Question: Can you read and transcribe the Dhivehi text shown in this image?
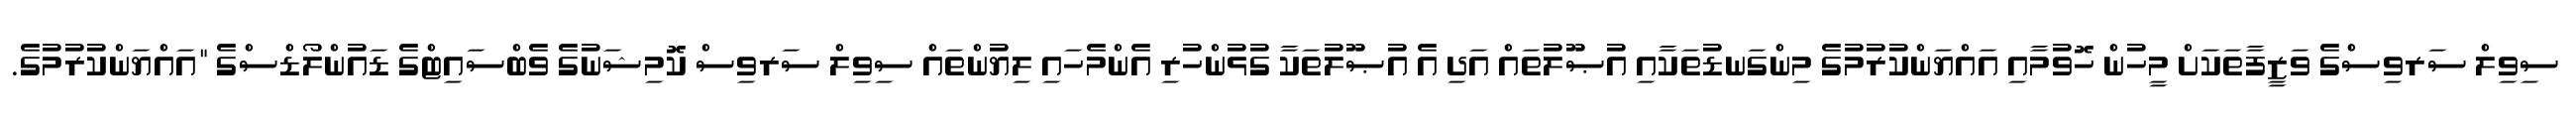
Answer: ސިވިލް ސަރވިސްގެ ވަޒީފާތަކަށް މީހުން ހޮވުމާއި އައްޔަންކުރުމުގެ މިންގަނޑުތަކާއި އުޞޫލުތައް އަދި އެ އުޞޫލުތަކާ ގުޅުންހުރި އެންމެހައި ލިޔުންތައް ސިވިލް ސަރވިސް ކޮމިޝަނުގެ ވެބްސައިޓްގެ ޑައުންލޯޑްސްގެ "އައްޔަންކުރުމުގެ.